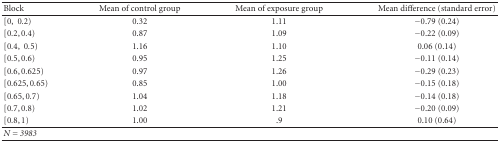
| Block | Mean of control group | Mean of exposure group | Mean difference (standard error) |
 | --- | --- | --- | --- |
 | [0, 0.2) | 0.32 | 1.11 | −0.79 (0.24) |
 | [0.2,0.4) | 0.87 | 1.09 | −0.22 (0.09) |
 | [0.4, 0.5) | 1.16 | 1.10 | 0.06 (0.14) |
 | [0.5,0.6) | 0.95 | 1.25 | −0.11 (0.14) |
 | [0.6,0.625) | 0.97 | 1.26 | −0.29 (0.23) |
 | [0.625,0.65) | 0.85 | 1.00 | −0.15 (0.18) |
 | [0.65,0.7) | 1.04 | 1.18 | −0.14 (0.18) |
 | [0.7,0.8) | 1.02 | 1.21 | −0.20 (0.09) |
 | [0.8,1) | 1.00 | .9 | 0.10 (0.64) |
 | N = 3983 |  |  |  |